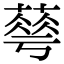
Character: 䔢